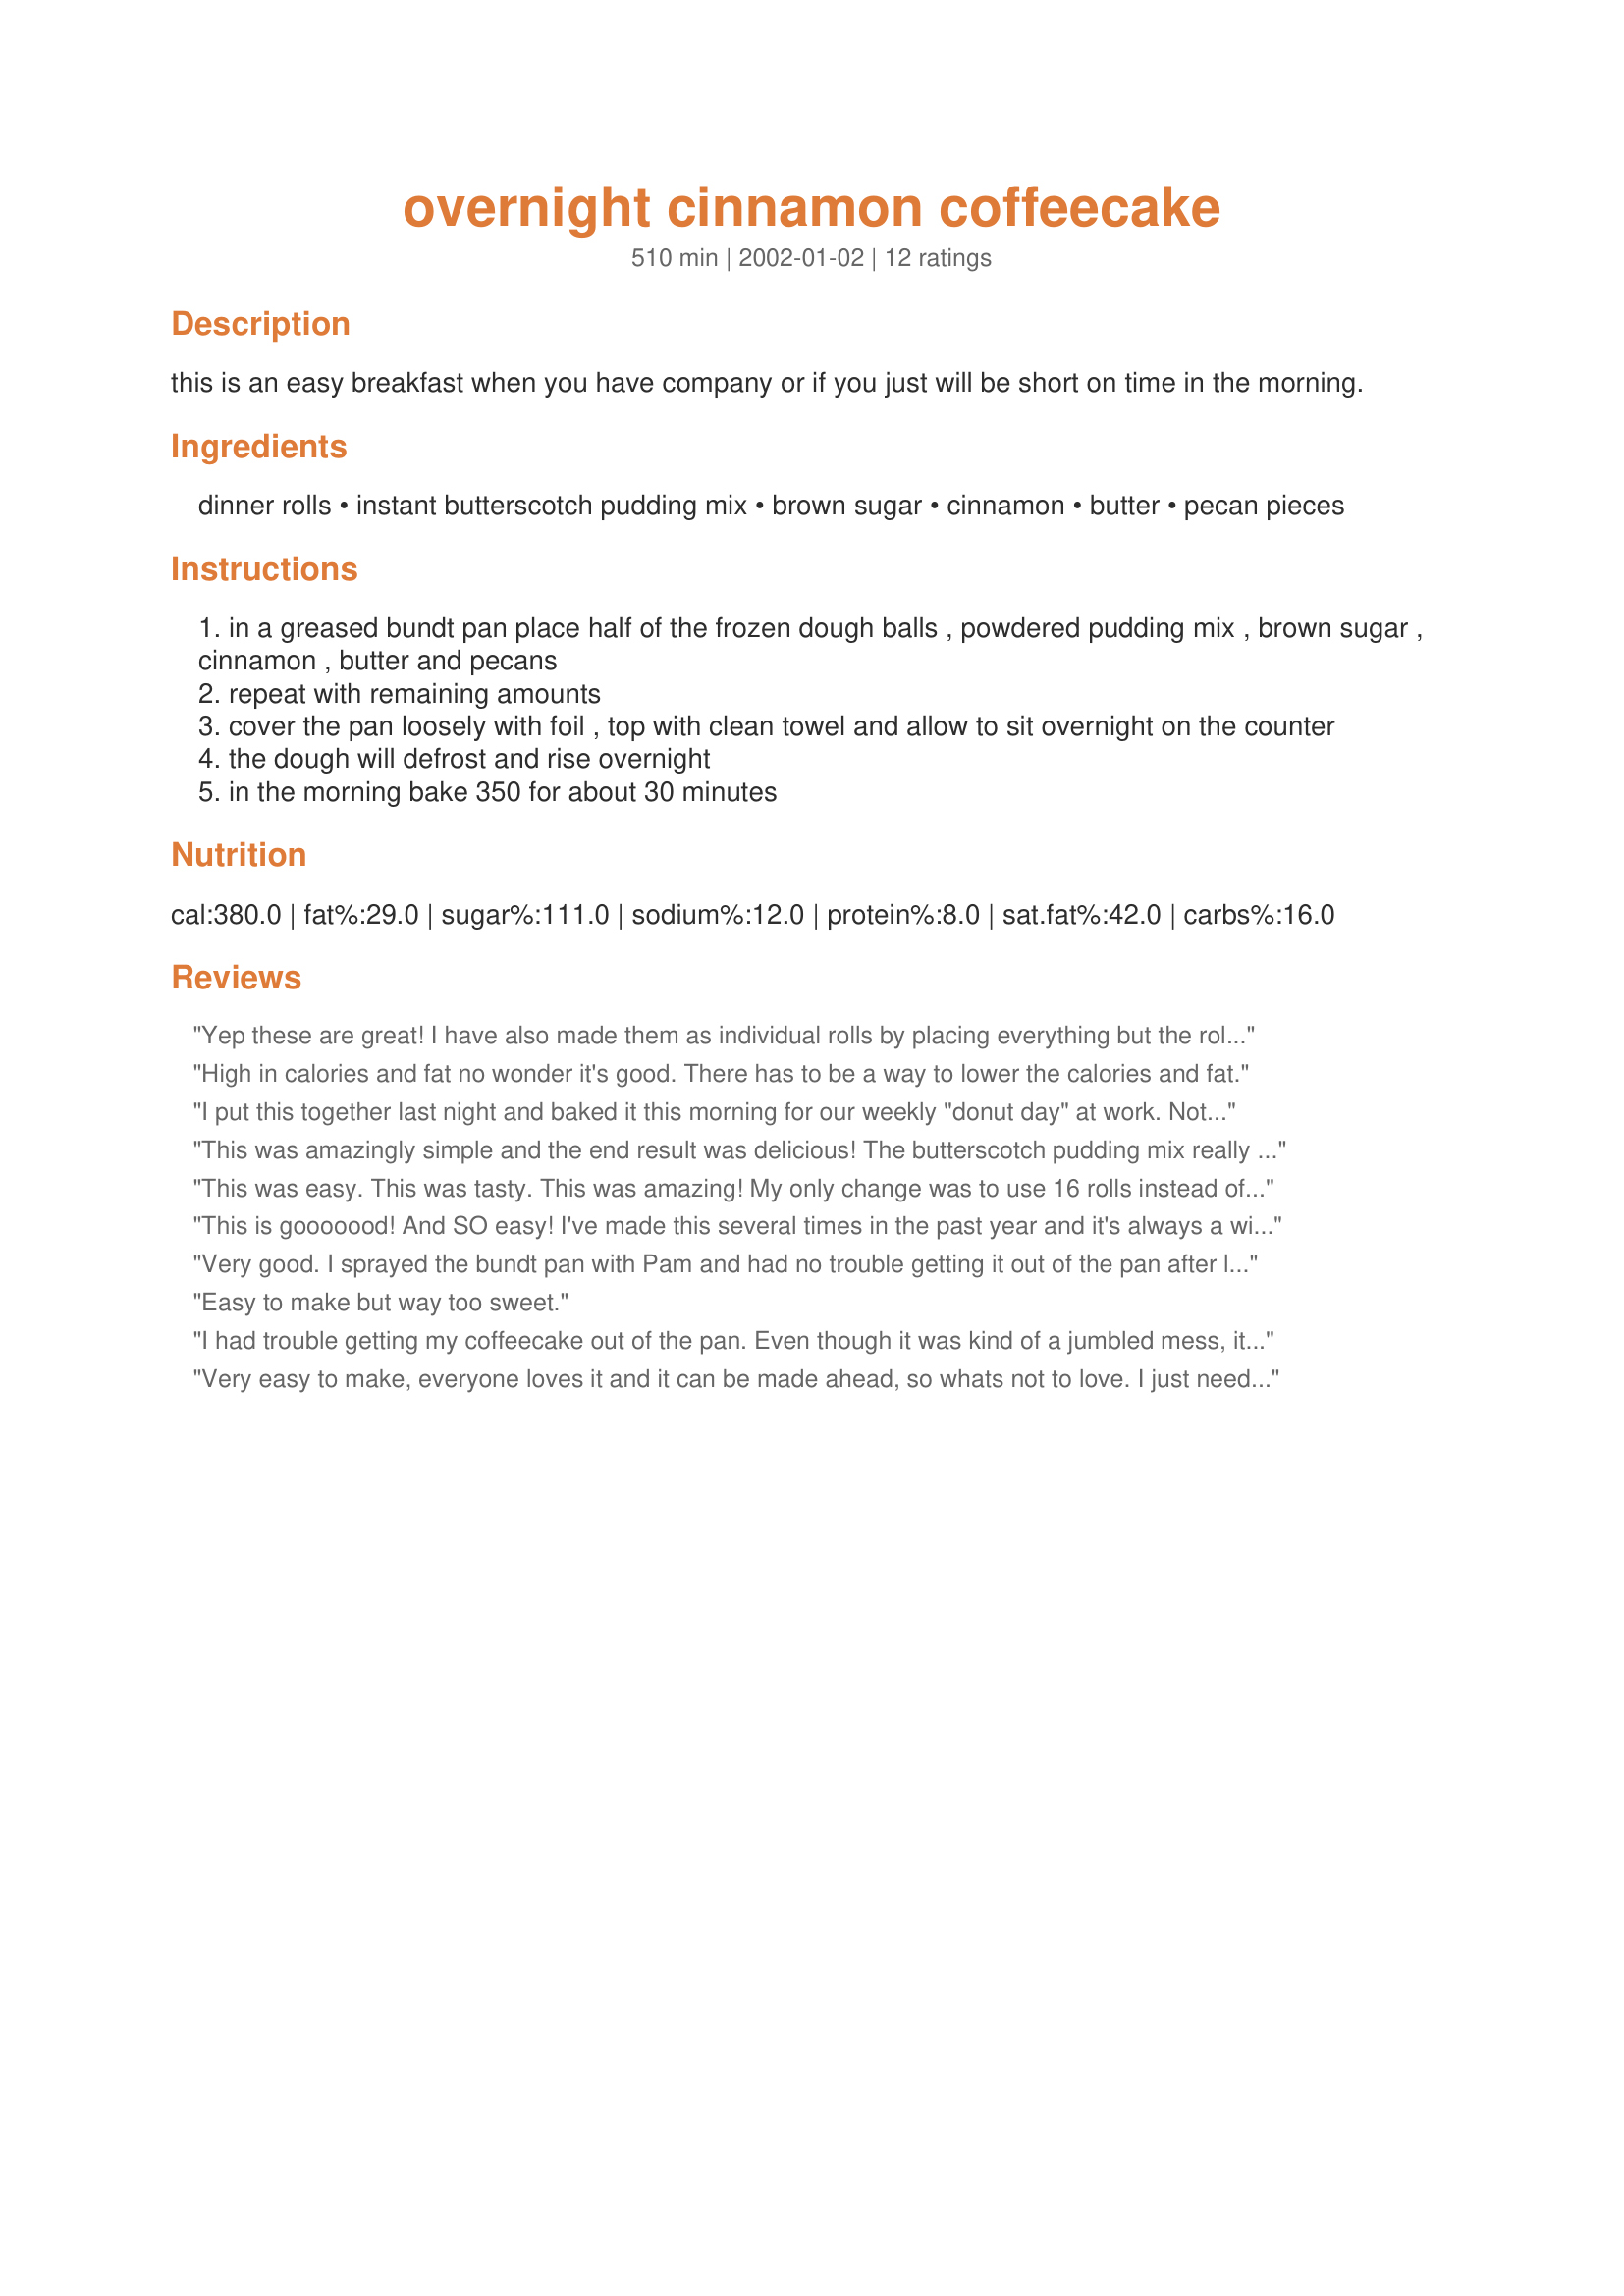
overnight cinnamon coffeecake
Preparation time: 510 minutes

this is an easy breakfast when you have company or if you just will be short on time in the morning.

Ingredients:
dinner rolls, instant butterscotch pudding mix, brown sugar, cinnamon, butter, pecan pieces

Steps:
in a greased bundt pan place half of the frozen dough balls , powdered pudding mix , brown sugar , cinnamon , butter and pecans
repeat with remaining amounts
cover the pan loosely with foil , top with clean towel and allow to sit overnight on the counter
the dough will defrost and rise overnight
in the morning bake 350 for about 30 minutes

Reviews:
Yep these are great! I have also made them as individual rolls by placing everything but the rolls in a greased 13x9 pan. Put the 12 rolls 3x4 in the pan and follow the directions as above. After baking turn the pan upside down on a serving dish and the topping just oozes over the warm rolls. TY Mysterygirl!!!
High in calories and fat no wonder it's good. There has to be a way to lower the calories and fat.
I put this together last night and baked it this morning for our weekly "donut day" at work. Not only was it fabulous and easy, I have given the recipe out to three people already this morning!
This was amazingly simple and the end result was delicious! The butterscotch pudding mix really added a wonderful flavor! I had a 9 AM staff meeting this morning and took this still warm into work with me. Everyone dove right in! Thanks Mysterygirl, this is a definate keeper!
This was easy. This was tasty. This was amazing! My only change was to use 16 rolls instead of 12. I don't know if my bundt pan was bigger than that used by MG or if my rolls were smaller but 16 was just right in the end. Yum, yum, yum.
This is gooooood! And SO easy! I've made this several times in the past year and it's always a winner. I highly suggest using NO MORE than 14-15 dough balls though. lol I know that those 12 don't look like much, but the next morning they'll look plenty good! I made the mistake of using about 18 the first time I made this, and the next morning my bundt pan was near exploding with dough! :) Still turned out good though. Thanks!
Very good. I sprayed the bundt pan with Pam and had no trouble getting it out of the pan after letting it sit for about 10 minutes. Will make again.
Easy to make but way too sweet.
I had trouble getting my coffeecake out of the pan. Even though it was kind of a jumbled mess, it was delicious. Bought enough ingredients to make a second one. Maybe I will use shortening to grease the pan
Very easy to make, everyone loves it and it can be made ahead, so whats not to love. I just need to remember to keep the pudding mix in my pantry and the frozen dinner rolls in my freezer. Thanks for this keeper recipe.
This is a family favorite. I put it together on Christmas eve. Within minutes of waking on Christmas Day, we have the most wonderful aroma throughout the house! Everyone loves them. You get the same flavor and texture of sticky buns made from scratch!
This was sticky goodness, I made it with chocolate pudding mix,yum. it turned out surprizingly salty when I used half the butter as salted (I ran out of unsalted). Beware the salted butter, Beware! I topped it with ice cream to cut the salt and served it for dessert to my roommate, who loved it anyway. Thanx for sharing!
